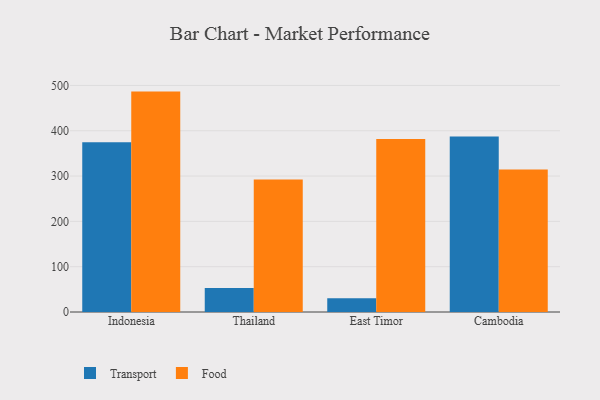
{"axis": {"x": "Country", "y": "Net Income (USD K)"}, "legend": ["Food", "Transport"], "data": [{"x": "Indonesia", "y": 374.8, "type": "Transport"}, {"x": "Indonesia", "y": 486.4, "type": "Food"}, {"x": "Thailand", "y": 52.9, "type": "Transport"}, {"x": "Thailand", "y": 292.4, "type": "Food"}, {"x": "East Timor", "y": 30.5, "type": "Transport"}, {"x": "East Timor", "y": 382.0, "type": "Food"}, {"x": "Cambodia", "y": 387.1, "type": "Transport"}, {"x": "Cambodia", "y": 314.7, "type": "Food"}]}